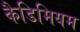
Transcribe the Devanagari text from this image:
कैडिमियम